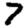
Digit: 7